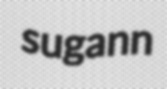
sugann